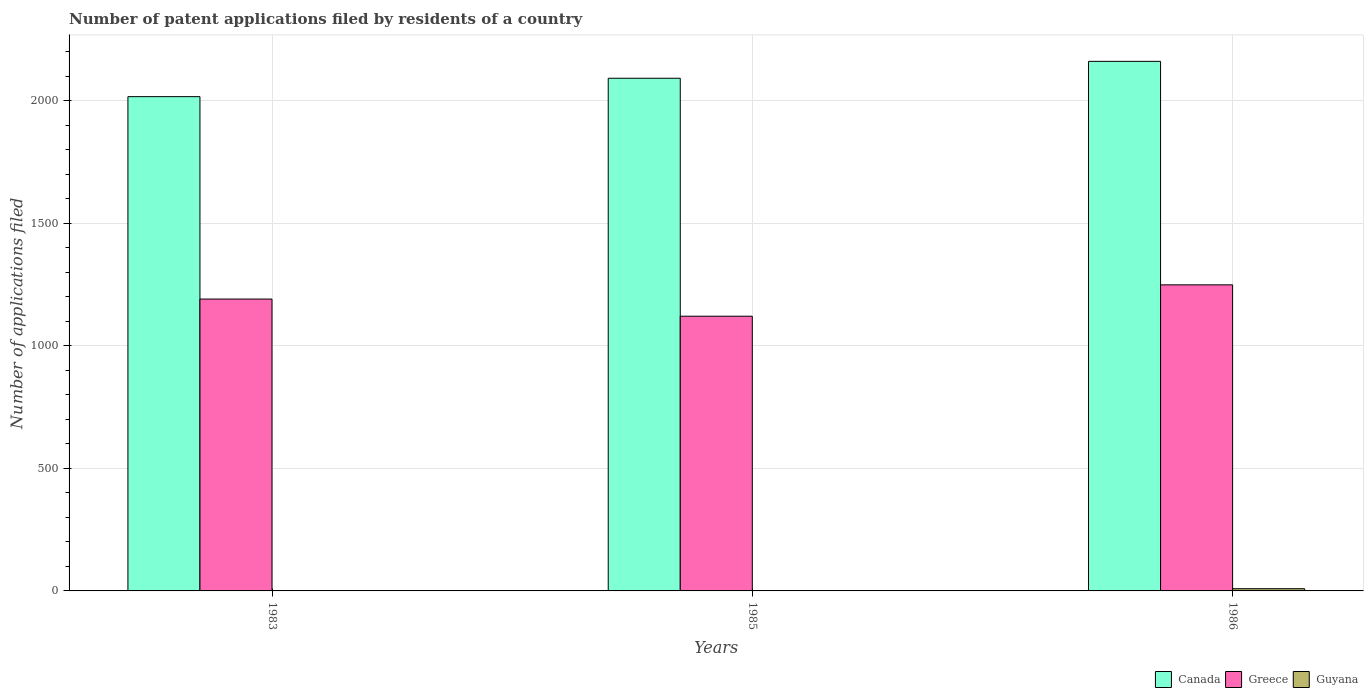
| Years | Canada | Greece | Guyana |
 | --- | --- | --- | --- |
 | 1983 | 2.02e+03 | 1.19e+03 | 1 |
 | 1985 | 2.09e+03 | 1.12e+03 | 1 |
 | 1986 | 2.16e+03 | 1.25e+03 | 9 |